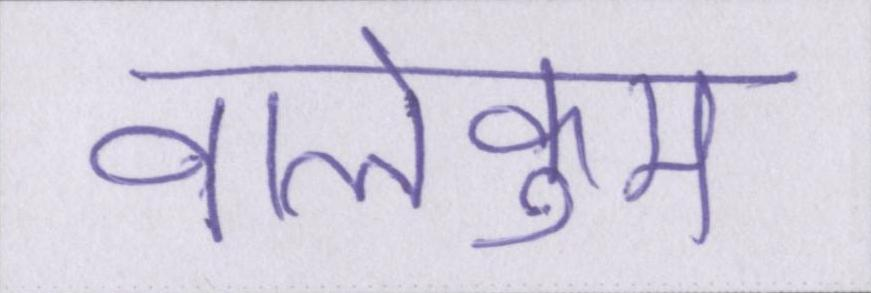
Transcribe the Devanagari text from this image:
वालेकुम